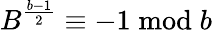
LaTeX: B^{\frac{b-1}{2}}\equiv-1{\bmod{b}}